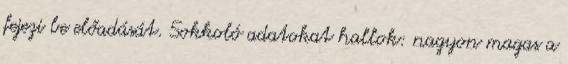
fejezi be előadását. Sokkoló adatokat hallok: nagyon magas a